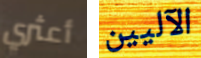
أعثري الآليين